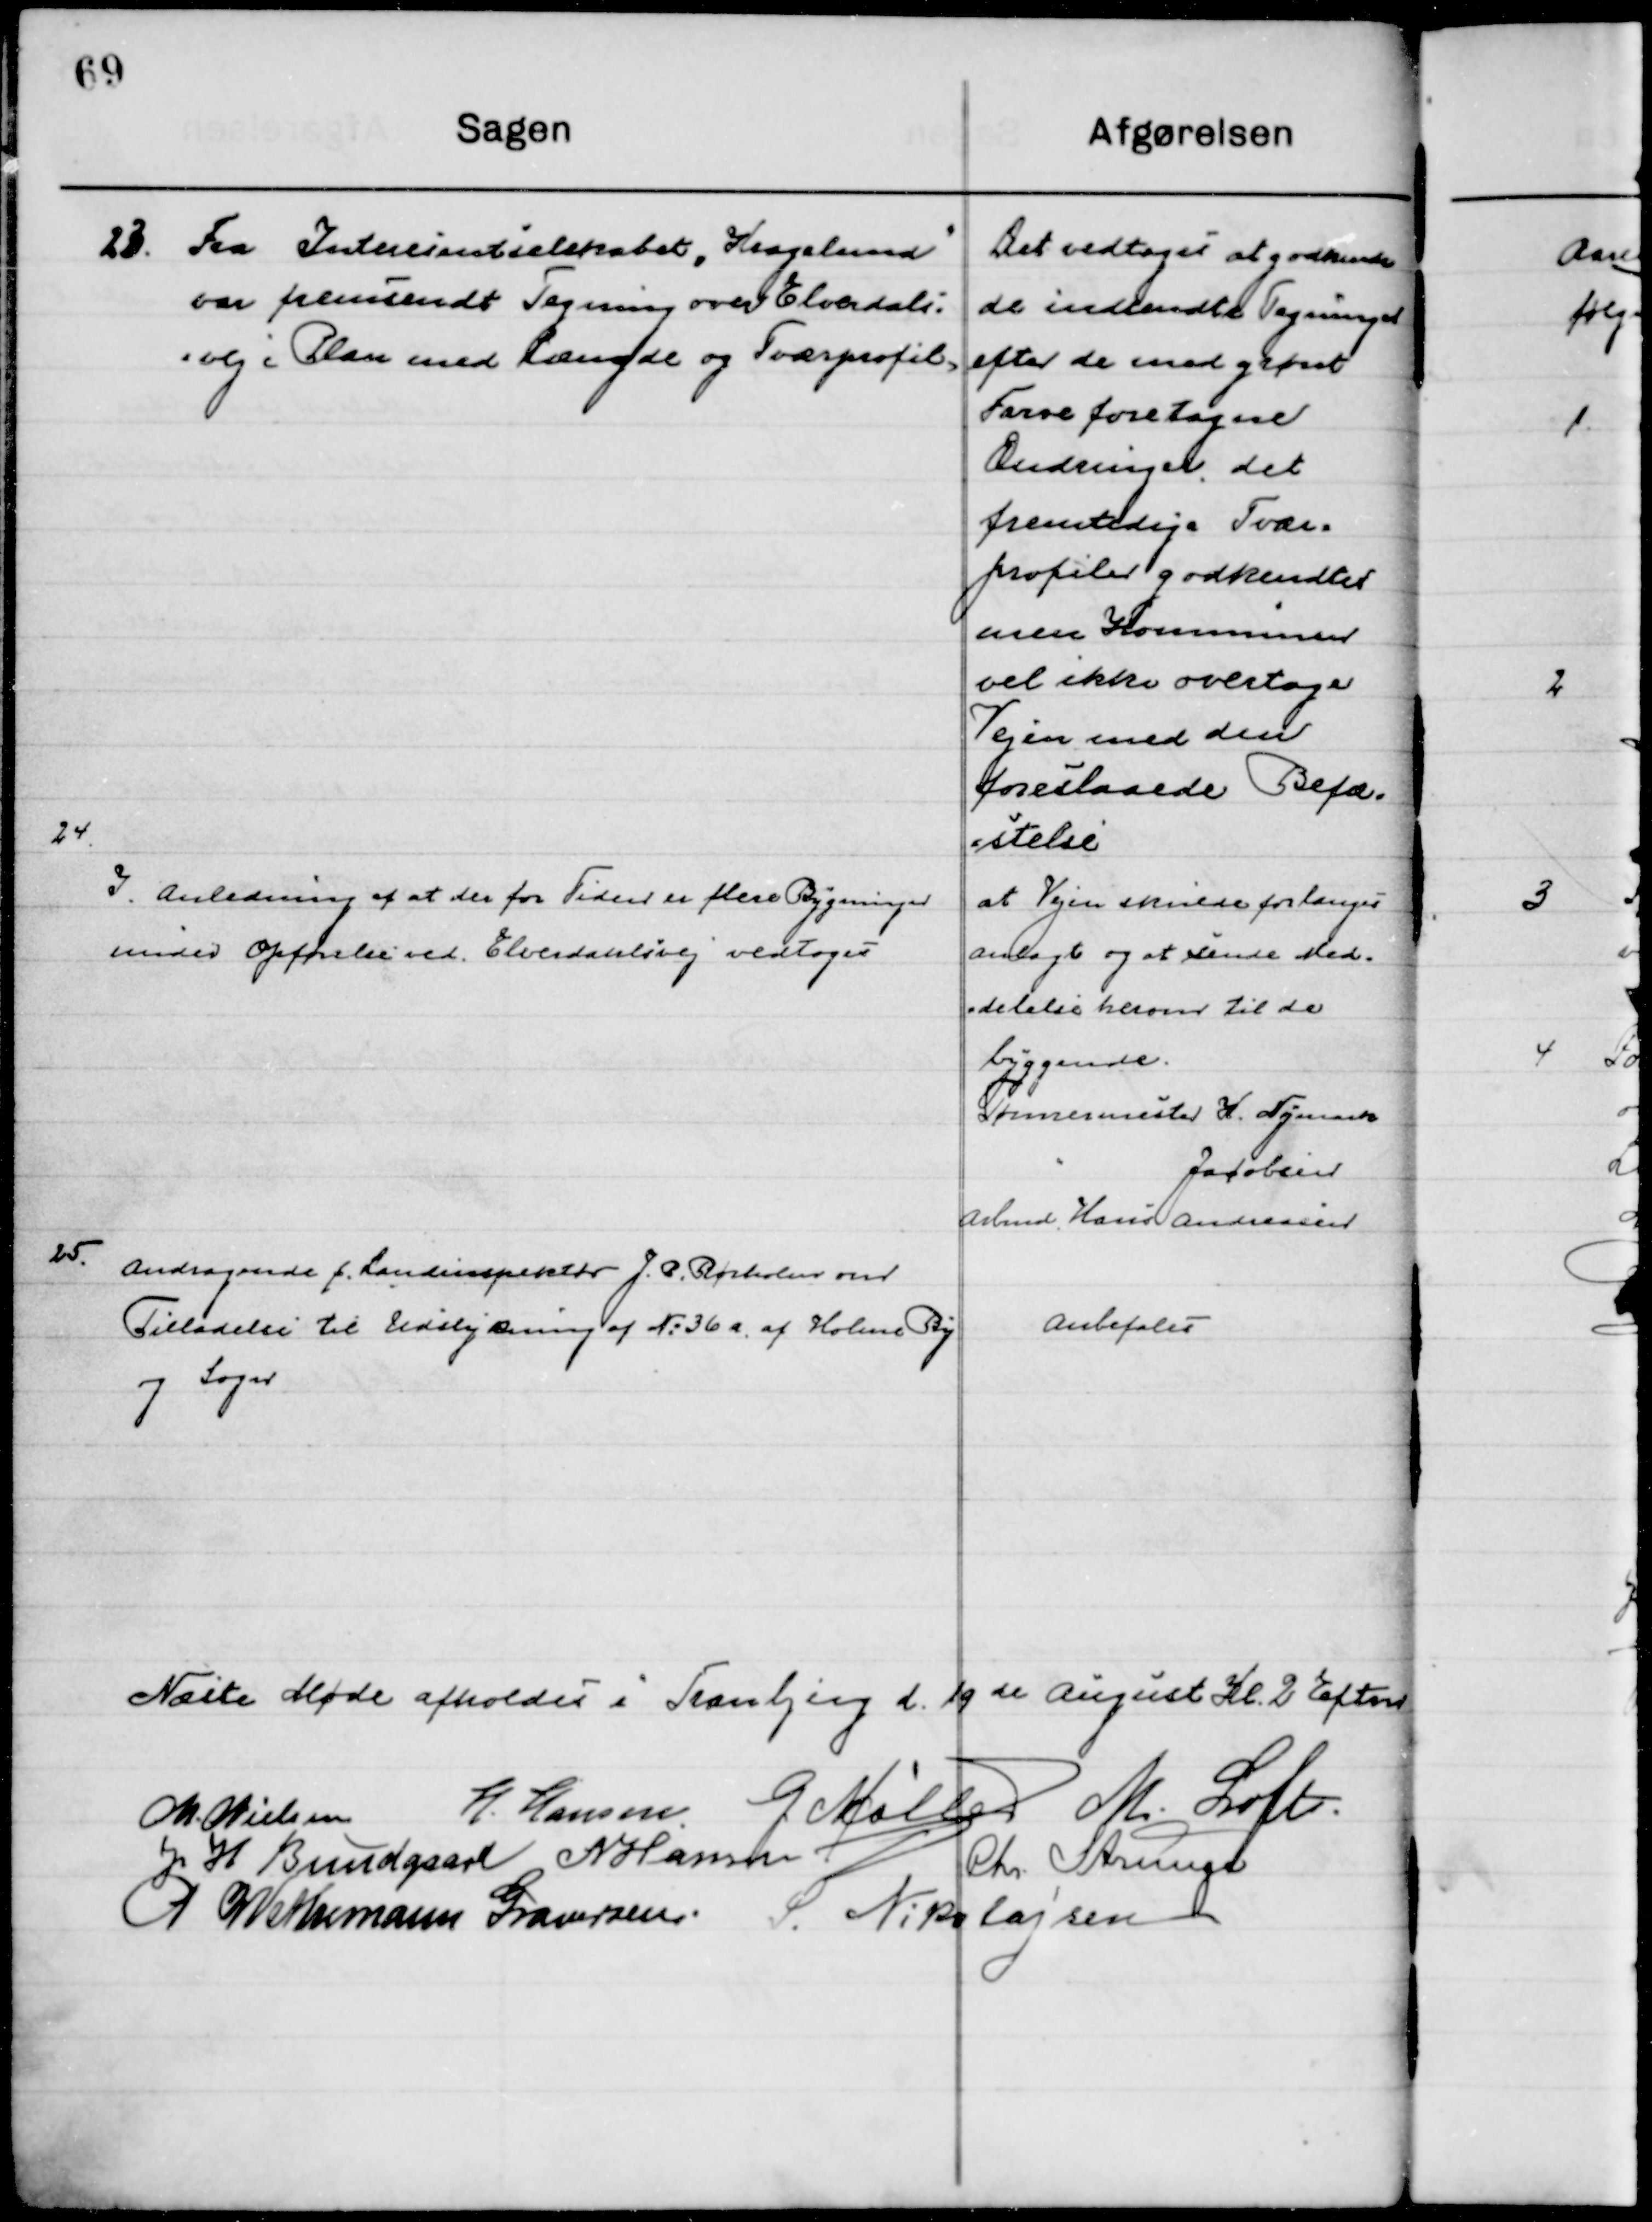
Transskription:
23

Fra Interessantselskabet ”Kragelund”
var fremsendt Tegning over Elvedals- 
vej i Plan med Længde og Tværprofil.

Det vedtoges at godkende
De indsendte Tegninger
efter de med grønt
Farve foretagne
Ændringer, det
fremtidige Tvær
profiler godkendtes
men Kommunen 
vil ikke overtage
Vejen med den
foreslaaede Befæ-
stelse

24

I Anledning af at der for Tiden er flere Bygninger
under Opførelse ved Elvedalsvej vedtoges.

at Vejen skulde forlænges
 anlagt og at sende Med-
delelse herom til de
Byggende
Tømmermester K. Nymark
Jacobsen
Arbmd. Hans Andersen

25

Andragende f. Landinspektør J. P. Rørholm om
Tilladelse til Udstykning af No. 26 a af Holme By
og Sogn.

Anbefales

Næste Møde afholdes i Tranbjerg  d. 19de August Kl. 2 Eftermd.

M. Nielsen
H. Hansen
G. Møller
M. Loft
J. H. Bundgaard
N. Hansen
Chr. Strunge
P. Wethemann Graversen
S. Nikolajsen